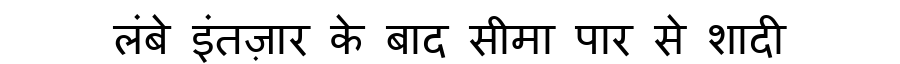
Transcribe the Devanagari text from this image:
लंबे इंतज़ार के बाद सीमा पार से शादी